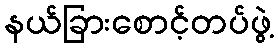
နယ်ခြားစောင့်တပ်ဖွဲ့